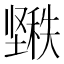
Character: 𱘌